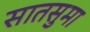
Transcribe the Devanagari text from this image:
सातसुमा